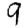
Digit: 9